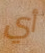
أي